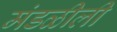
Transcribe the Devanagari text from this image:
मंडळीली